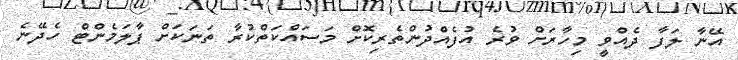
އޭނާ ލަފާ ދެއްވީ މިހާރަށް ވުރެ އުފެއްދުންތެރިކޮށް މަސައްކަތްކުރާ ތަނަކަށް ޕާލަމެންޓް ހެދޭނެ